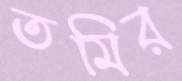
তমির